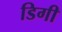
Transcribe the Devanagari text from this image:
डिगी